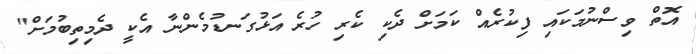
އޮތް ވިސްނުމަކައި ފިކުރެއް ކަމަށް ދެކި ކެރި ހުރެ އަޅުގަނޑުމެންނާ އެކީ ދެމިތިބުމަށް"